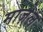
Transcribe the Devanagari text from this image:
माज़ेल